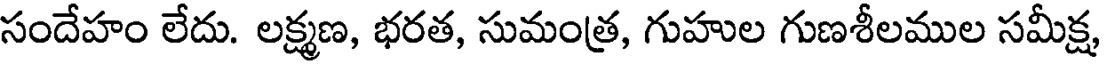
సందేహం లేదు. లక్ష్మణ, భరత, సుమంత్ర, గుహుల గుణశీలముల సమీక్ష